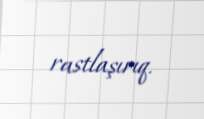
rastlaşırıq.